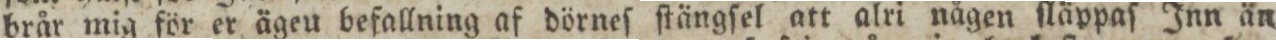
brår mig för er ägeu befallning af dörneſ ſtängſel att alri någen ſläppaſ Inn än